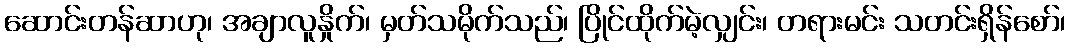
ဆောင်းတန်ဆာဟု၊ အချာလူနှိုက်၊ မှတ်သမိုက်သည်၊ ပြိုင်ထိုက်မဲ့လျှင်း၊ တရားမင်း သတင်းရှိန်စော်၊